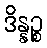
ဒိန္နဉ္စ